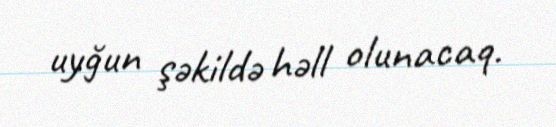
uyğun şəkildə həll olunacaq.